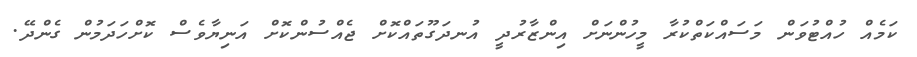
ކަމެއް ހުއްޓުވަން މަސައްކަތްކުރާ މީހުންނަށް އިންޒާރުދީ އުނދަގޫތައްކޮށް ޖެއްސުންކޮށް އަނިޔާވެސް ކޮށްހަދަމުން ގެންދޭ.